Medical and sanitary report of the native army of Madras for the year
Year: 1878
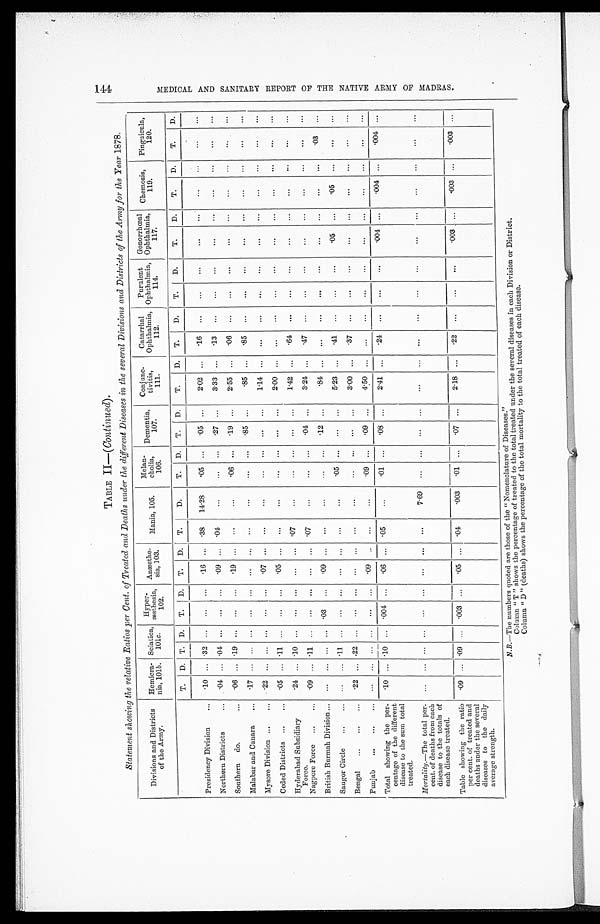
TABLE II—(Continued).
Statement showing the relative Ratios per Cent. of Treated and Deaths under the different Diseases in the several Divisions and Districts of the Army for the Year 1878.
Divisions and Districts
of the Army.
Hemicra
-nia, 101b.
Sciatica
101c.
Hyper
- æ s t h e s i a ,
102.
Anæsthe
-sia, 103.
Mania, 105.
Melan
-cholia,
106.
Dementia,
107.
Conjun
c-tivitis,
111.
Catarrhal
Ophthalmia,
112.
Purulent
Ophthalmia,
114.
Gonorrhœa
Ophthalmia,
117.
Chemosis,
119.
Pinguicula,
120.
T.
D. T. D.
T.
D.
T.
D.
T.
D.
T.
D.
T.
D.
T.
D.
T.
D.
T.
D.
T.
D.
T.
D.
T.
D.
Presidency Division . . .
.10
. . . .32
. . .
. . .
. . .
. 1 6
. . . .38
14.28
. 0 5
. . .
. 0 5
. . .
2.02
. . .
.16
. . .
. . .
. . .
. . .
. . .
. . .
. . .
. . . . . .
Northern Districts . . . .04
. . . .04
. . .
. . .
. . .
. 0 9
. . .
.04
. . .
. . .
. . .
. 2 7
. . .
3.33
. . .
.13
. . .
. . .
. . .
. . .
. . .
. . .
. . .
. . . . . .
Southern do. . . .
. 0 6
. . .
. 1 9
. . .
. . .
. . .
.19
. . .
. . .
. . .
06
. . .
. 1 9
. . .
2.55
. . .
.06
. . .
. . .
. . .
. . .
. . .
. . .
. . .
. . . . . .
Malabar and Canara . . .
.17
. . .
. . .
. . .
. . .
. . .
. . .
. . .
. . .
. . .
. . .
. . .
. 8 5
. . .
. 8 5
. . .
. 8 5
. . .
. . .
. . .
. . .
. . .
. . .
. . .
. . . . . .
Mysore Division . . .
. 2 2
. . .
. . .
. . .
. . .
. . . .07
. . .
. . .
. . .
. . .
. . .
. . .
. . . 1.14
. . .
. . .
. . .
. . .
. . .
. . .
. . .
. . .
. . .
. . . . . .
Ceded Districts . . .
.05
. . . .11
. . .
. . .
. . .
. 0 5
. . .
. . .
. . .
. . . . . .
. . .
. . . 2.00
. . .
. . .
. . .
. . .
. . .
. . .
. . .
. . . . . .
. . . . . .
Hyderabad Subsidiary
Force.
. 2 4
. . . .10
. . .
. . .
. . .
. . .
. . .
. 0 7
. . .
. . .
. . .
. . .
. . .
1.42
. . .
. 6 4
. . .
. . .
. . .
. . .
. . .
. . . . . .
. . . . . .
Nagpore Force . . .
. 0 9 . . . .11
. . .
. . .
. . .
. . .
. . .
.07
. . .
. . .
. . .
. 0 4
. . .
3.24
. . .
.47
. . .
. . .
. . .
. . .
. . .
. . . . . .
. . . . . .
British Burmah Division . . .
. . .
. . .
. . .
. . .
.03
. . .
. 0 9
. . .
. . .
. . .
. . .
. . .
. 1 2 . . .
.84
. . .
. . .
. . .
. . .
. . .
. . .
. . .
. . . . . .
. 0 3 . . .
Saugor Circle . . .
. . .
. . . .11
. . .
. . .
. . .
. . .
. . .
. . .
. . .
.05
. . .
. . .
. . .
5.23
. . .
.41
. . .
. . .
. . .
. 0 5
. . .
. 0 5 . . .
. . . . . .
Bengal . . .
. 2 2 . . . .22
. . .
. . .
. . .
. . .
. . .
. . .
. . .
. . .
. . .
. . .
. . .
3.00
. . .
.37
. . .
. . .
. . .
. . .
. . .
. . . . . .
. . . . . .
Punjab . . .
. . .
. . .
. . .
. . .
. . .
. . .
. 0 9
. . .
. . .
. . .
. 0 9 . . .
. 0 9 . . .
4.50
. . .
. . .
. . .
. . .
. . .
. . .
. . .
. . . . . .
. . . . . .
Total showing the per
-centage of the different
disease to the sum total
treated.
. 1 0
. . .
.10
. . .
. 004
. . .
. 0 6
. . .
.05
. . .
. 0 1 . . .
. 0 8
. . .
2.41
. . .
. 2 4
. . .
. . .
. . .
. 0 0 4 . . .
. 0 0 4 . . .
. 0 0 4 . . .
Mortality.—The total per
-cent. of deaths from each
disease to the totals of
each disease treated.
. . . . . .
. . .
. . .
. . .
. . .
. . .
. . .
. . .
7.69
. . .
. . .
. . .
. . .
. . . . . .
. . .
. . .
. . .
. . .
. . . . . .
. . . . . .
. . . . . .
Table showing the ratio
per cent. of treated and
deaths under the several
diseases to the daily
average strength.
.09
. . . .09
. . .
. 0 0 3
. . .
.05
. . .
.04
.003
.01
. . .
.07
. . .
2.18
. . .
22
. . .
. . .
. . .
.003
. . .
.003
. . .
.003
. . .
N.B.—The numbers quoted are those of the "Nomenclature of Diseases."
Column "T" shows the percentage of treated to the total treated under the several diseases in each Division or District.
Column "D" (deaths) shows the percentage of the total mortality to the total treated of each disease.
M E D I C A L A N D S A N I T A R Y R E P O R T O F T H E N A T I V E A R M Y O F M A D R A S .